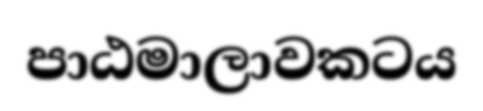
පාඨමාලාවකටය